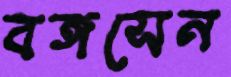
বঙ্গসেন